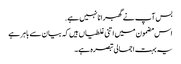
بس آپ نے گھبرانا نہیں ہے.
اس مضمون میں اتنی غلطیاں ہیں کہ بیان سے باہر ہے
یہ بہت اجمالی تبصرہ ہے۔